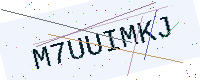
Text: M7UUIMKJ